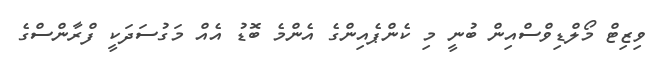
ވިޒިޓް މޯލްޑިވްސްއިން ބުނީ މި ކެންޕެއިންގެ އެންމެ ބޮޑު އެއް މަގުސަދަކީ ފްރާންސްގެ